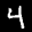
Label: 4